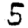
Digit: 5